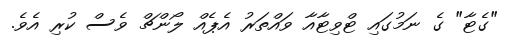
"ގެޓާ" ގެ ނަމުގައި ޓްވިޓާއާ ވައްތަރު އެޕެއް ލޯންޗް ވެސް ކުރި އެވެ.